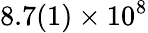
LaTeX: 8.7(1)\times 10^{8}